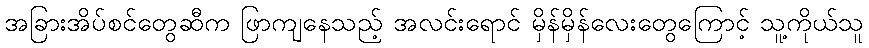
အခြားအိပ်စင်တွေဆီက ဖြာကျနေသည့် အလင်းရောင် မှိန်မှိန်လေးတွေကြောင့် သူ့ကိုယ်သူ